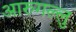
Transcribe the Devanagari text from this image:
आरुगल्लु